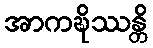
အာကဍ္ဎိဿန္တိ